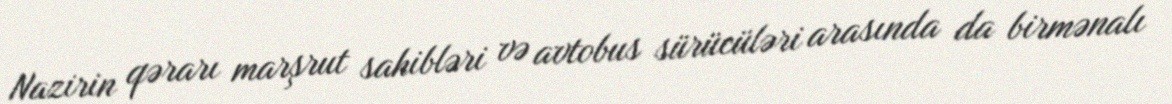
Nazirin qərarı marşrut sahibləri və avtobus sürücüləri arasında da birmənalı